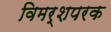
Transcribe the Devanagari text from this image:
विमर्शपरक